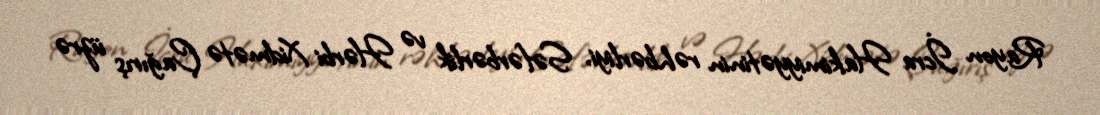
Rayon İcra Hakimiyyətinin rəhbərliyi, Səfərbərlik və Hərbi Xidmətə Çağırış üzrə